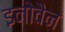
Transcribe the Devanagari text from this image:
इनोवैन